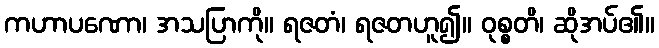
ကဟာပဏော၊ အသပြာကို။ ရဇတံ၊ ရဇတဟူ၍။ ဝုစ္စတိ၊ ဆိုအပ်၏။